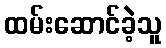
ထမ်းဆောင်ခဲ့သူ